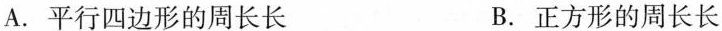
A.平行四边形的周长长 B.正方形的周长长